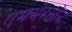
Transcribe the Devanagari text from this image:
एममेरसोन